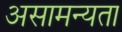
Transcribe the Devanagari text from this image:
असामन्यता